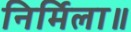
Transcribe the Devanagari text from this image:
निर्मिला॥